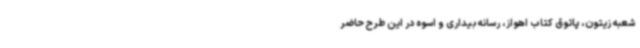
شعبه زیتون، پاتوق کتاب اهواز، رسانه بیداری و اسوه در این طرح حاضر